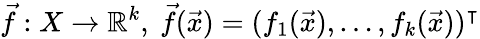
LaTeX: {\vec{f}}:X\to\mathbb{R}^{k},\ {\vec{f}}({\vec{x}})=(f_{1}({\vec{x}}),\ldots,f_{k}({\vec{x}}))^{\intercal}